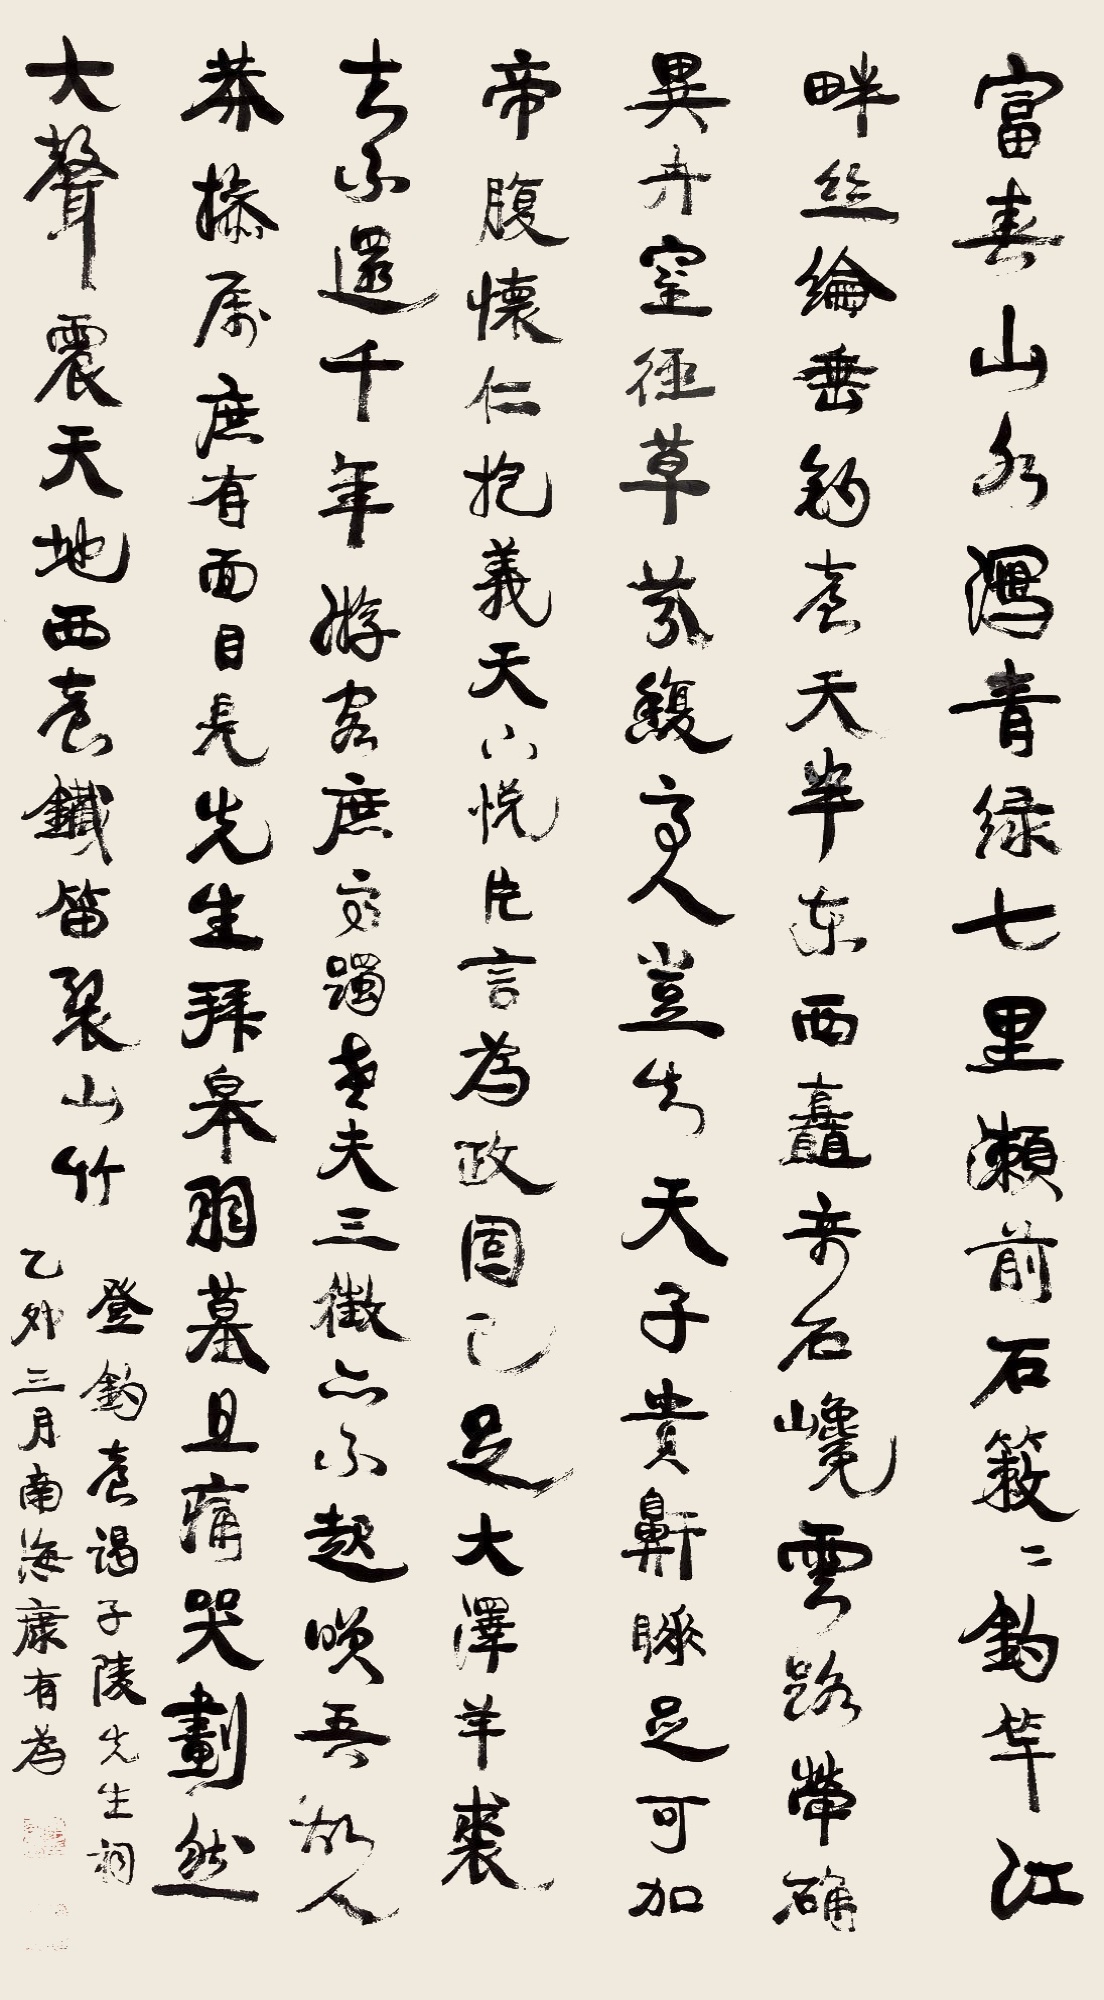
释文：富春山水泻青绿，七里濑前石簌簌。钓竿江畔丝纶垂，钓台天半东西矗。奇石巉云路荦确，异卉窒径草芬馥。高人岂知天子贵，鼾睡足可加帝腹。怀仁抱义天下悦，片言为政固已足。大泽羊裘去不还，千年游客庶高躅。老夫三征亦不起，笑吾故人莽操属。庶有面目见先生，拜皋羽墓且痛哭。划然大声震天地，西台铁笛裂山竹。登钓台谒子陵先生祠。乙卯（1915）三月，南海康有为。